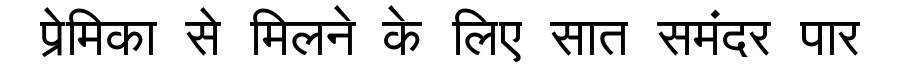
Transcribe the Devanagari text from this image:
प्रेमिका से मिलने के लिए सात समंदर पार